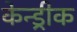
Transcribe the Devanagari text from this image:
केन्ड्रीक